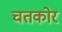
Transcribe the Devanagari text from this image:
चतकोर